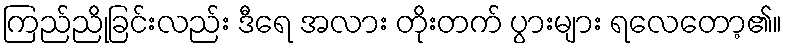
ကြည်ညိုခြင်းလည်း ဒီရေ အလား တိုးတက် ပွားများ ရလေတော့၏။